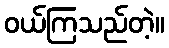
ဝယ်ကြသည်တဲ့။